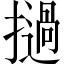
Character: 撾